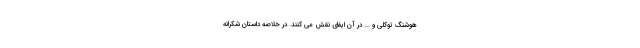
هوشنگ توکلی و ... در آن ایفای نقش می کنند. در خلاصه داستان شکرانه